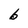
Character: b